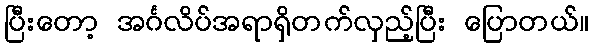
ပြီးတော့ အင်္ဂလိပ်အရာရှိတက်လှည့်ပြီး ပြောတယ်။